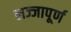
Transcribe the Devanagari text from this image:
लज्जापूर्ण